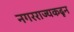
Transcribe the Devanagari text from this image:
नगरराज्यकढून